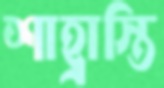
শাহ্রাস্তি